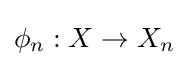
\phi _{n}:X\to X_{n}